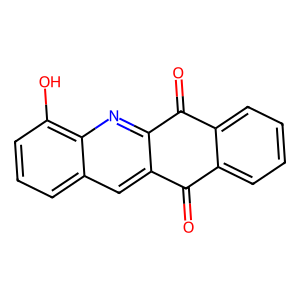
SMILES: O=C1c2ccccc2C(=O)c2nc3c(O)cccc3cc21
Inhibits HIV replication: No